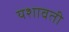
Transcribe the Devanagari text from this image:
यशावती